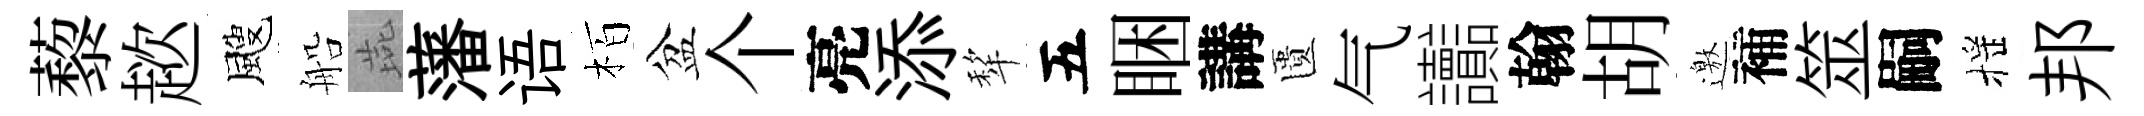
藜趑颼船燕藩语栢盆个亮添犂五睏講匱气讟翰胡邀補筮嗣摇邦